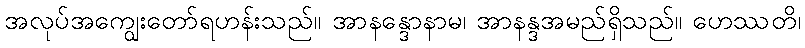
အလုပ်အကျွေးတော်ရဟန်းသည်။ အာနန္ဒောနာမ၊ အာနန္ဒအမည်ရှိသည်။ ဟေဿတိ၊